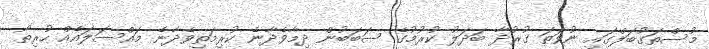
މުސްތަގުބަލްގައި ނުވަތަ ގުރުދާ ބަދަލު ކުރުމުގެ ސަބަބުން ދިމާވެދާނެ ކުރިމަތިވެދާނެ މައްސަލައެއް ހުރިތޯ